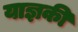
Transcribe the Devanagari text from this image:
याज्ञकी